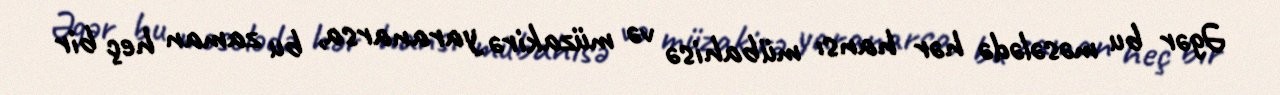
Əgər bu məsələdə hər hansı mübahisə və müzakirə yaranarsa, bu zaman heç bir